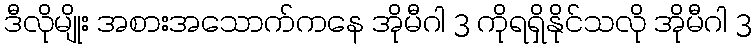
ဒီလိုမျိုး အစားအသောက်ကနေ အိုမီဂါ 3 ကိုရရှိနိုင်သလို အိုမီဂါ 3